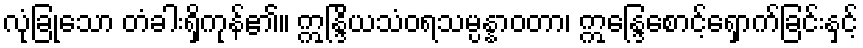
လုံခြုံသော တံခါးရှိကုန်၏။ ဣန္ဒြိယသံဝရသမ္ပန္နာဝတာ၊ ဣန္ဒြေစောင့်ရှောက်ခြင်းနှင့်